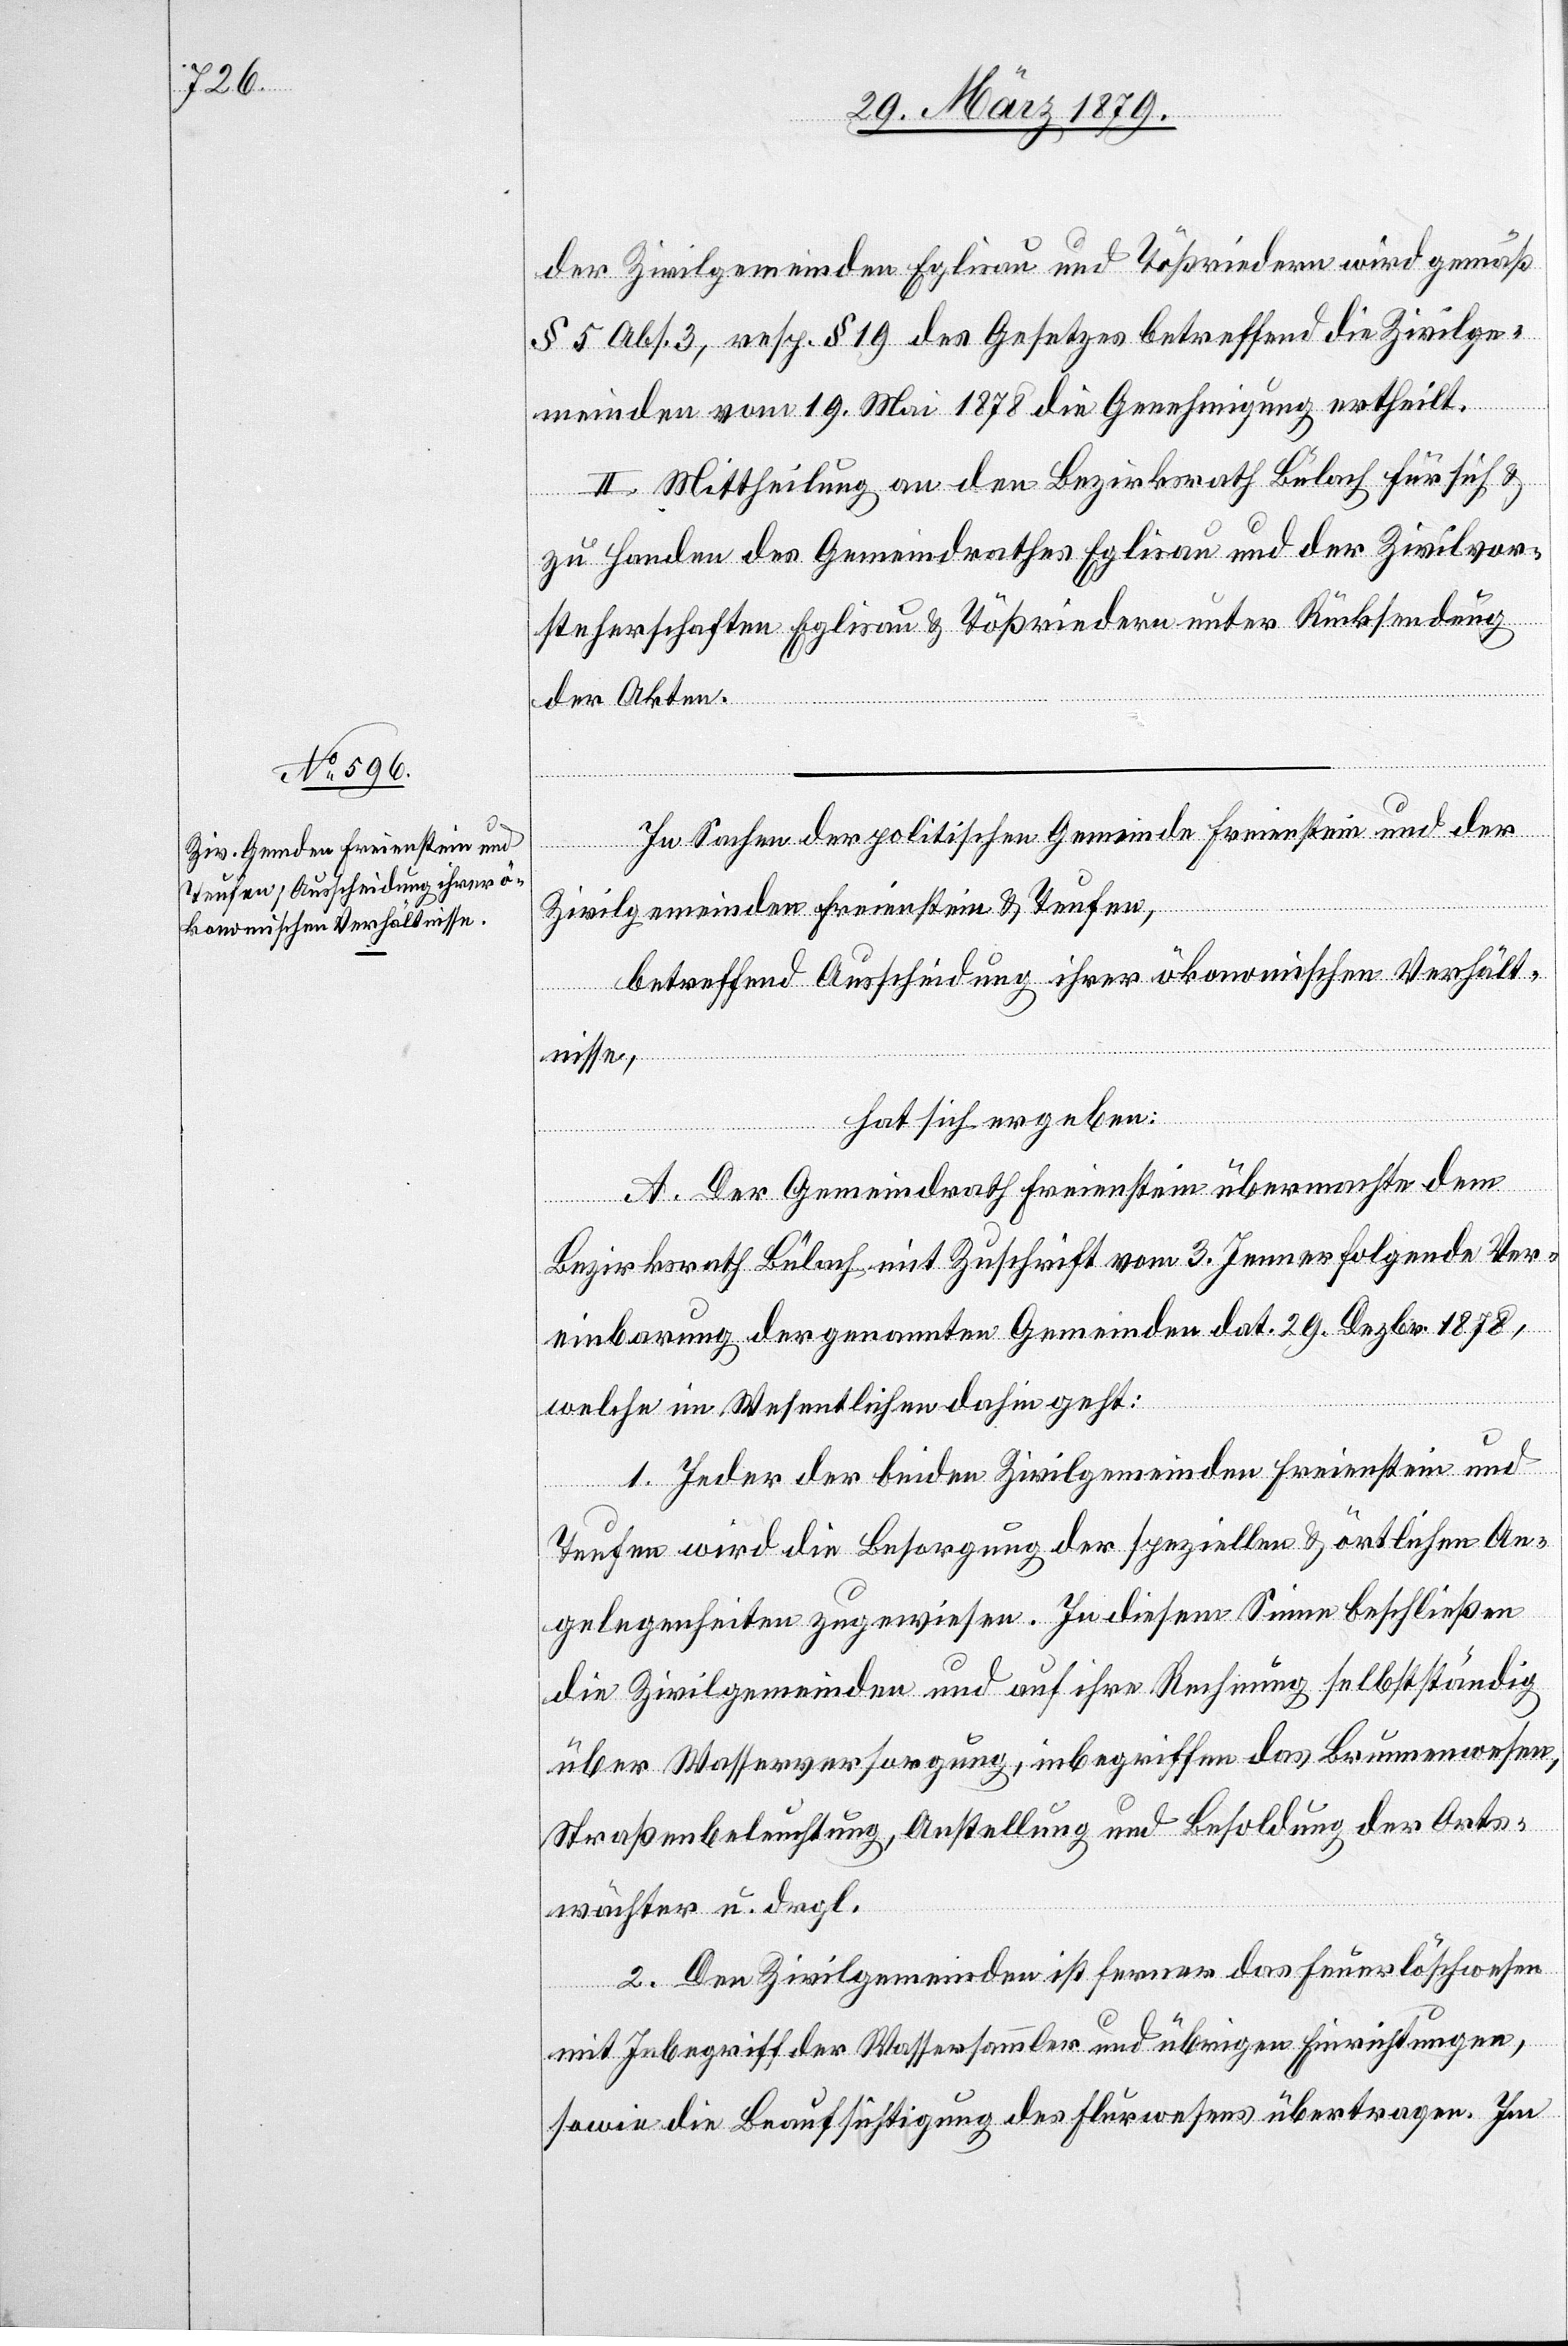
der Zivilgemeinden Eglisau und Tößriedern wird gemäß
§ 5 Abs. 3, resp. § 19 des Gesetzes betreffend die Zivilge¬
meinden vom 19. Mai 1878 die Genehmigung ertheilt.
II. Mittheilung an den Bezirksrath Bülach für sich &
zu Handen des Gemeindrathes Eglisau und der Zivilvor¬
steherschaften Eglisau & Tößriedern unter Rücksendung
der Akten.
In Sachen der politischen Gemeinde Freienstein und der
Zivilgemeinden Freienstein & Teufen,
betreffend Ausscheidung ihrer ökonomischen Verhält¬
nisse,
hat sich ergeben:
A. Der Gemeindrath Freienstein übermachte dem
Bezirksrath Bülach mit Zuschrift vom 3. Jenner folgende Ver¬
einbarung der genannten Gemeinden dat. 29. Dezbr. 1878,
welche im Wesentlichen dahin geht.
1. Jeder der beiden Zivilgemeinden Freienstein und
Teufen wird die Besorgung der speziellen & örtlichen An¬
gelegenheiten zugewiesen. In diesem Sinne beschließen
die Zivilgemeinden und auf ihre Rechnung selbstständig
über Wasserversorgung, inbegriffen das Brunnenwesen,
Straßenbeleuchtung, Anstellung und Besoldung der Orts¬
wächter u. dergl.
2. Den Zivilgemeinden ist ferner das Feuerlöschwesen
mit Inbegriff der Wassersammler und übrigen Einrichtungen,
sowie die Beaufsichtigung des Flurwesens übertragen. Im